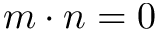
m \cdot n = 0